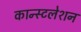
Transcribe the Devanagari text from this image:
कान्स्टलेशन